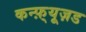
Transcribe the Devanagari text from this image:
कन्फ़्यूज़ड